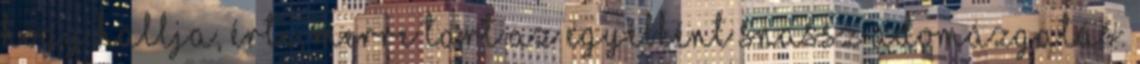
hogy hallja, érti, merre tart az egyébként snassz adomázgatás.